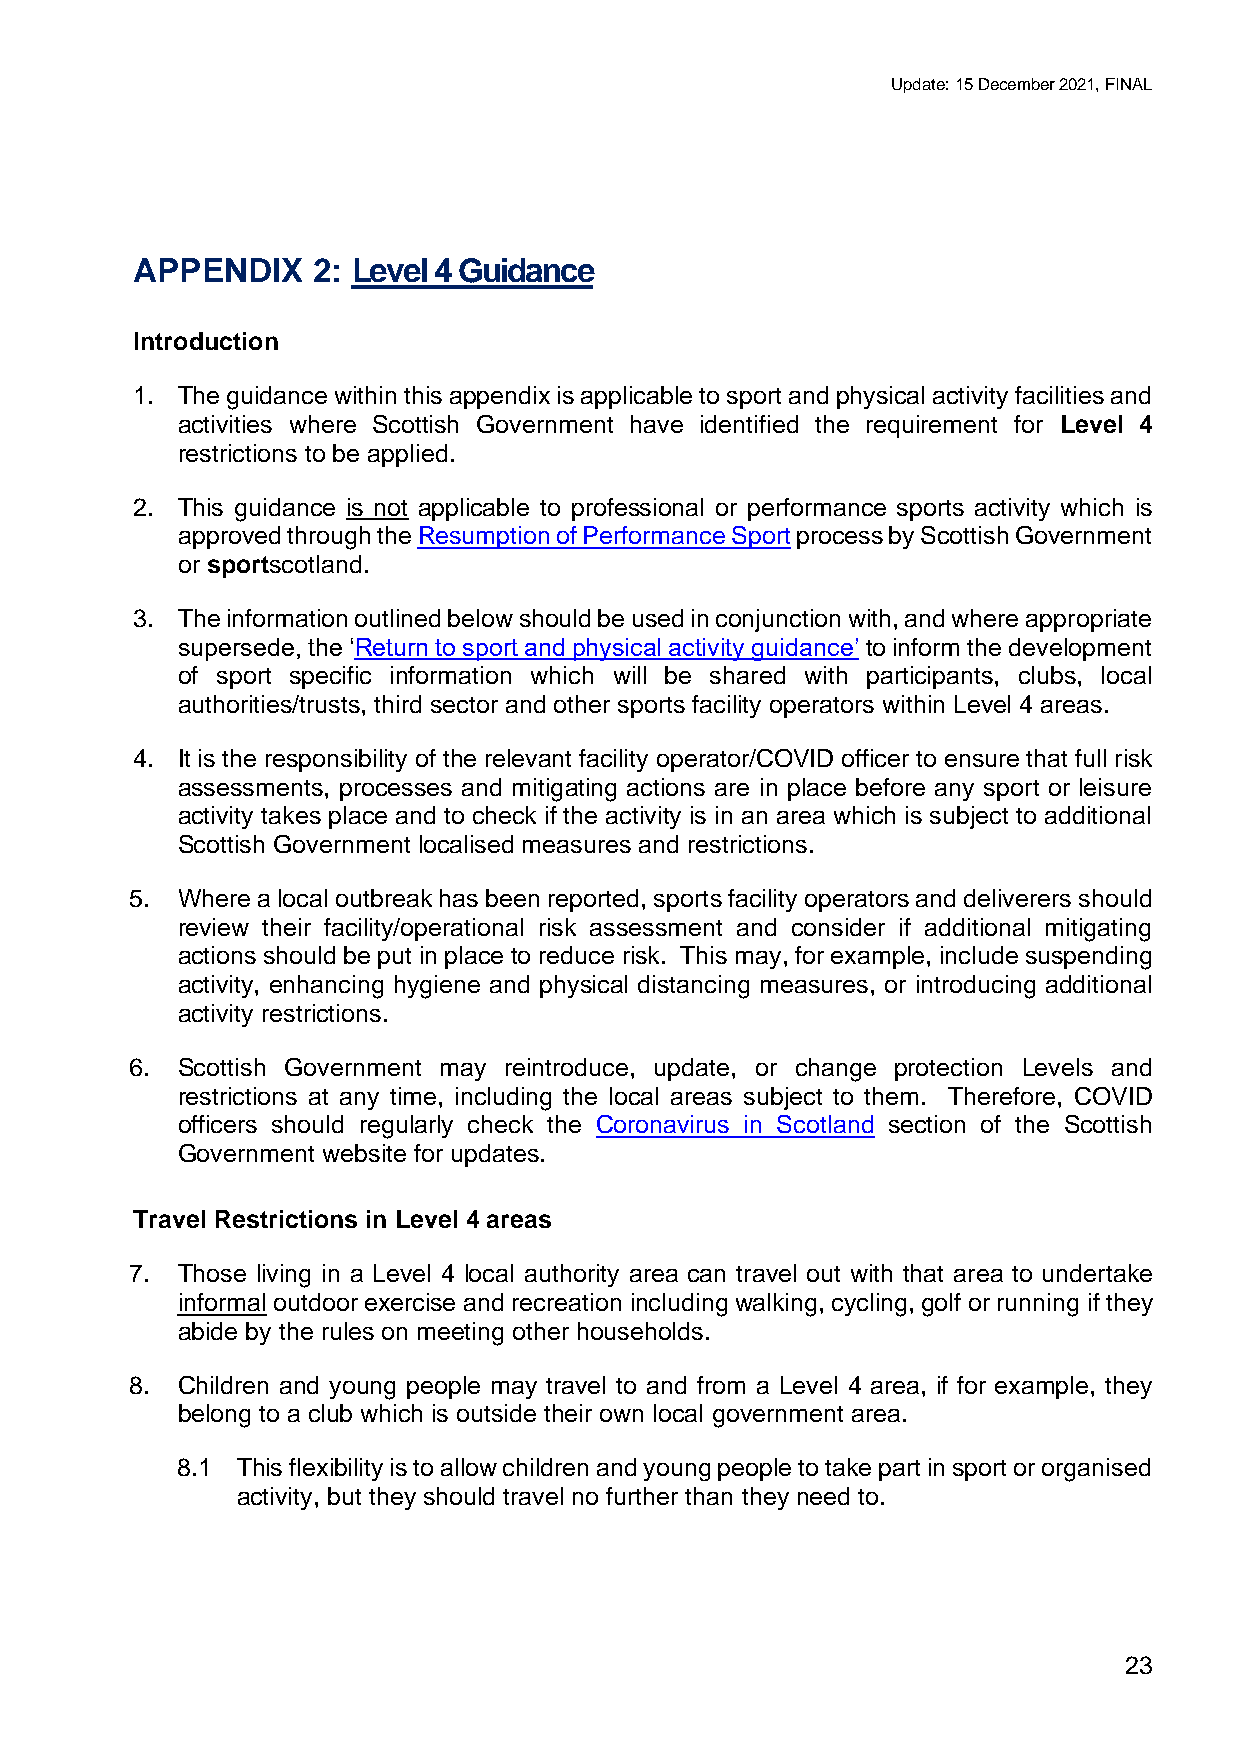
Update: 15 December 2021, FINAL
 APPENDIX    2: Level 4 Guidance
 Introduction
 1. The guidance within this appendix is applicable to sport and physical activity facilities and
 activities where Scottish Government have identified the requirement for Level 4
 restrictions to be applied.
 2. This guidance is not applicable to professional or performance sports activity which is
 approved through the Resumption of Performance Sport process by Scottish Government
 or sportscotland.
 3. The information outlined below should be used in conjunction with, and where appropriate
 supersede, the ‘Return to sport and physical activity guidance’ to inform the development
 of sport specific information which will be shared with participants, clubs, local
 authorities/trusts, third sector and other sports facility operators within Level 4 areas.
 4. It is the responsibility of the relevant facility operator/COVID officer to ensure that full risk
 assessments, processes and mitigating actions are in place before any sport or leisure
 activity takes place and to check if the activity is in an area which is subject to additional
 Scottish Government localised measures and restrictions.
 5. Where a local outbreak has been reported, sports facility operators and deliverers should
 review their facility/operational risk assessment and consider if additional mitigating
 actions should be put in place to reduce risk. This may, for example, include suspending
 activity, enhancing hygiene and physical distancing measures, or introducing additional
 activity restrictions.
 6. Scottish Government may reintroduce, update, or change protection Levels and
 restrictions at any time, including the local areas subject to them. Therefore, COVID
 officers should regularly check the Coronavirus in Scotland section of the Scottish
 Government website for updates.
 Travel Restrictions in Level 4 areas
 7. Those living in a Level 4 local authority area can travel out with that area to undertake
 informal outdoor exercise and recreation including walking, cycling, golf or running if they
 abide by the rules on meeting other households.
 8. Children and young people may travel to and from a Level 4 area, if for example, they
 belong to a club which is outside their own local government area.
 8.1 This flexibility is to allow children and young people to take part in sport or organised
 activity, but they should travel no further than they need to.
 23